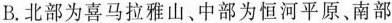
B.北部为喜马拉雅山、中部为恒河平原、南部